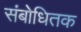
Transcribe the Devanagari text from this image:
संबोधितक